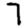
Digit: 7